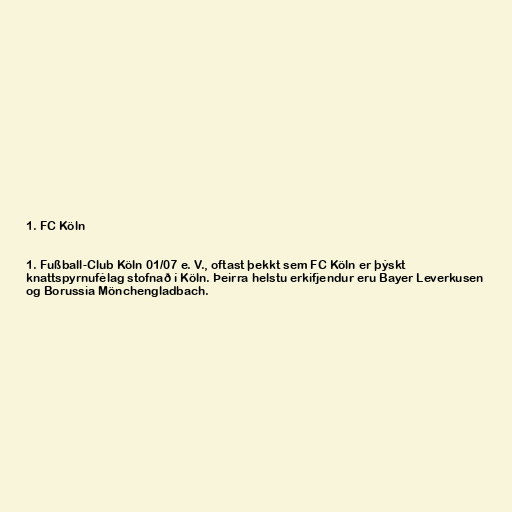
1. FC Köln

1. Fußball-Club Köln 01/07 e. V., oftast þekkt sem FC Köln er þýskt
knattspyrnufélag stofnað í Köln. Þeirra helstu erkifjendur eru Bayer Leverkusen
og Borussia Mönchengladbach.